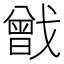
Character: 𢨉